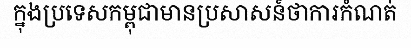
ក្នុងប្រទេសកម្ពុជាមានប្រសាសន៍ថាការកំណត់